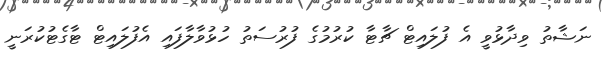
ނަޝާތު ވިދާޅުވީ އެ ފުލައިޓް ޗާޓާ ކުރުމުގެ ފުރުސަތު ހުޅުވާލާފައި އެފުލައިޓް ޓާގެޓުކުރަނީ